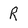
Character: R